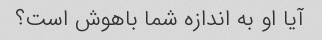
آیا او به اندازه شما باهوش است؟